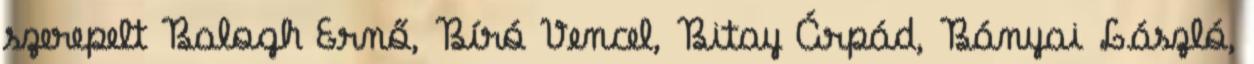
szerepelt Balogh Ernő, Bíró Vencel, Bitay Árpád, Bányai László,